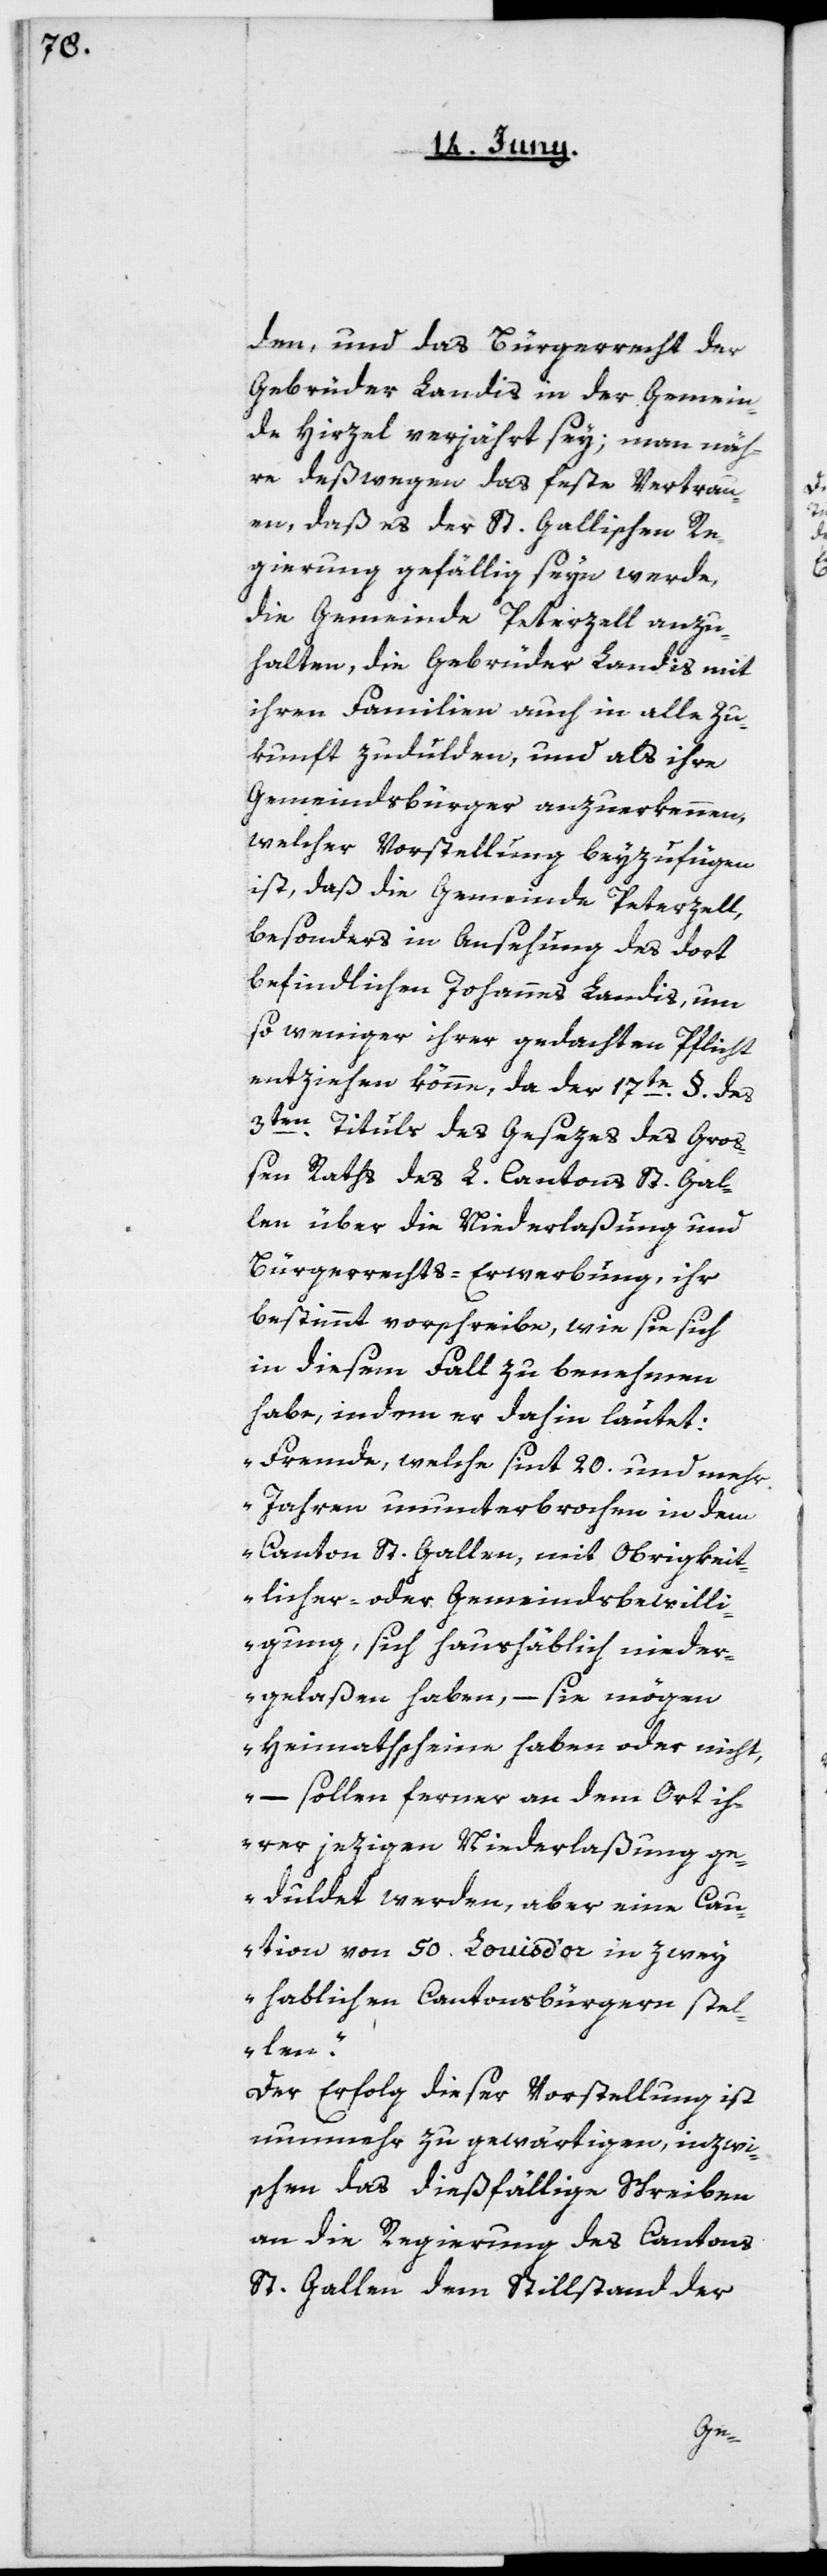
den, und das Bürgerrecht der
Gebrüder Landis in der Gemein¬
de Hirzel verjährt sey; man näh¬
re deßwegen das feste Vertrau¬
en, daß es der St. Gallischen Re¬
gierung gefällig seyn werde,
die Gemeinde Peterzell anzu¬
halten, die Gebrüder Landis mit
ihren Familien auch in alle Zu¬
kunft zudulden, und als ihre
Gemeindsbürger anzuerkennen,
welcher Vorstellung beyzufügen
ist, daß die Gemeinde Peterzell,
besonders in Ansehung des dort
befindlichen Johannes Landis, um
so weniger ihrer gedachten Pflicht
entziehen könne, da der 17te §. des
3ten Tituls des Gesezes des Groß¬
en Raths des L. Cantons St. Gal¬
len über die Niederlaßung und
Bürgerrechts-Erwerbung, ihr
bestimmt vorschreibe, wie sie sich
in diesem Fall zu benehmen
habe, indem er dahin lautet:
„Fremde, welche seit 20. und mehr
Jahren ununterbrochen in dem
Canton St. Gallen, mit Obrigkeit¬
licher oder Gemeindsbewilli¬
gung, sich haushäblich nieder¬
gelaßen haben, – sie mögen
Heimathscheine haben oder nicht,
– sollen ferner an dem Ort ih¬
rer jezigen Niederlaßung ge¬
duldet werden, aber eine Cau¬
tion von 50. Louis d’or in zwey
hablichen Cantonsbürgern stel¬
len.“
Der Erfolg dieser Vorstellung ist
nunmehr zu gewärtigen, inzwi¬
schen das dießfällige Schreiben
an die Regierung des Cantons
St. Gallen, dem Stillstand der